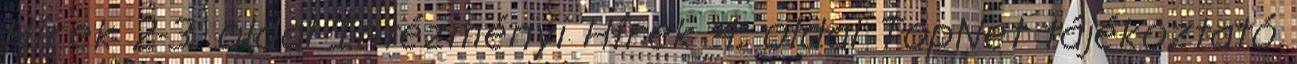
Hírek 2-3. oldal Intézményi Hírek 4. oldal TopNet tájékoztató